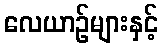
လေယာဉ်များနှင့်